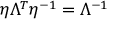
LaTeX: \eta \Lambda ^ { T } \eta ^ { - 1 } = \Lambda ^ { - 1 }